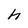
Character: h